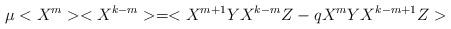
LaTeX: \begin{align*}\mu < X^m> <X^{k-m} > = < X^{m+1} Y X^{k-m} Z - q X^m Y X^{k-m+1} Z>\end{align*}